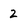
Character: 2